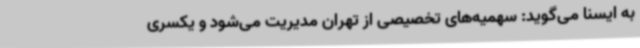
به ایسنا می‌گوید: سهمیه‌های تخصیصی از تهران مدیریت می‌شود و یکسری